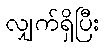
လျှက်ရှိပြီး